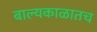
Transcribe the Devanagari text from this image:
बाल्यकाळातच